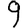
Digit: 9